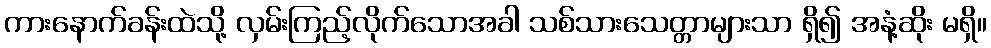
ကားနောက်ခန်းထဲသို့ လှမ်းကြည့်လိုက်သောအခါ သစ်သားသေတ္တာများသာ ရှိ၍ အနံ့ဆိုး မရှိ။